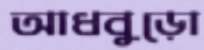
আধবুড়ো